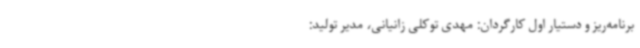
برنامه‌ریز و دستیار اول کارگردان: مهدی توکلی زانیانی، مدیر تولید: